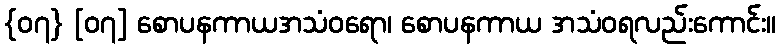
{၀၇} [၀၇] စောပနကာယအသံဝရော၊ စောပနကာယ အသံဝရလည်းကောင်း။